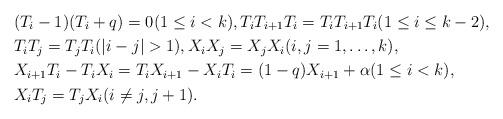
LaTeX: \begin{align*}& (T_{i}-1)(T_{i}+q)=0 (1 \le i<k), T_{i}T_{i+1}T_{i}=T_{i}T_{i+1}T_{i} (1 \le i \le k-2), \\ & T_{i}T_{j}=T_{j}T_{i} (|i-j|>1), X_{i}X_{j}=X_{j}X_{i} (i, j=1, \ldots , k), \\ & X_{i+1}T_{i}-T_{i}X_{i}=T_{i}X_{i+1}-X_{i}T_{i}=(1-q)X_{i+1}+\alpha (1\le i<k), \\ & X_{i}T_{j}=T_{j}X_{i}(i\not=j, j+1). \end{align*}